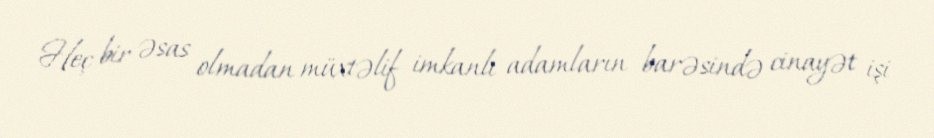
Heç bir əsas olmadan müxtəlif imkanlı adamların barəsində cinayət işi